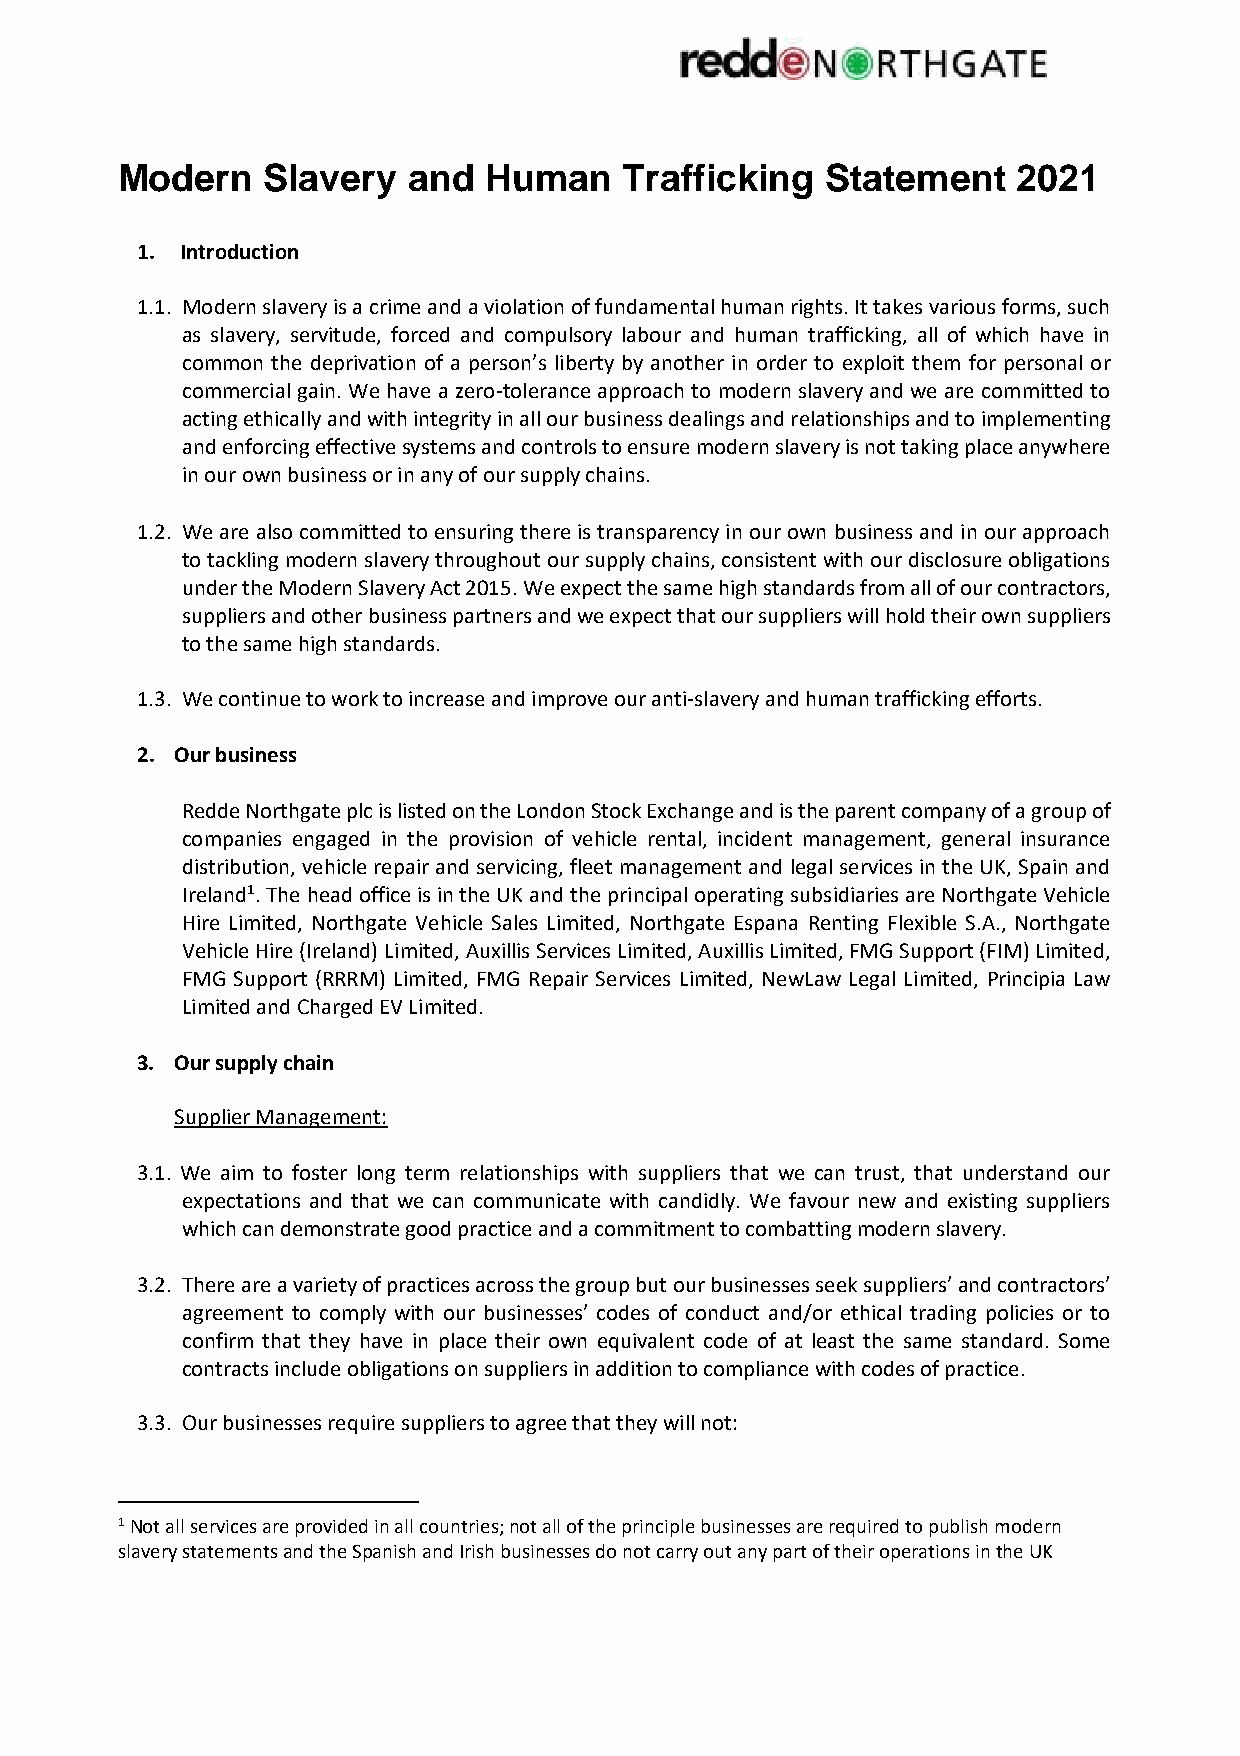
Modern   Slavery   and  Human    Trafficking   Statement   2021
 1. Introduction
 1.1. Modern slavery is a crime and a violation of fundamental human rights. It takes various forms, such
 as slavery, servitude, forced and compulsory labour and human trafficking, all of which have in
 common the deprivation of a person’s liberty by another in order to exploit them for personal or
 commercial gain. We have a zero-tolerance approach to modern slavery and we are committed to
 acting ethically and with integrity in all our business dealings and relationships and to implementing
 and enforcing effective systems and controls to ensure modern slavery is not taking place anywhere
 in our own business or in any of our supply chains.
 1.2. We are also committed to ensuring there is transparency in our own business and in our approach
 to tackling modern slavery throughout our supply chains, consistent with our disclosure obligations
 under the Modern Slavery Act 2015. We expect the same high standards from all of our contractors,
 suppliers and other business partners and we expect that our suppliers will hold their own suppliers
 to the same high standards.
 1.3. We continue to work to increase and improve our anti-slavery and human trafficking efforts.
 2. Our business
 Redde Northgate plc is listed on the London Stock Exchange and is the parent company of a group of
 companies engaged in the provision of vehicle rental, incident management, general insurance
 distribution, vehicle repair and servicing, fleet management and legal services in the UK, Spain and
 Ireland1. The head office is in the UK and the principal operating subsidiaries are Northgate Vehicle
 Hire Limited, Northgate Vehicle Sales Limited, Northgate Espana Renting Flexible S.A., Northgate
 Vehicle Hire (Ireland) Limited, Auxillis Services Limited, Auxillis Limited, FMG Support (FIM) Limited,
 FMG Support (RRRM) Limited, FMG Repair Services Limited, NewLaw Legal Limited, Principia Law
 Limited and Charged EV Limited.
 3. Our supply chain
 Supplier Management:
 3.1. We aim to foster long term relationships with suppliers that we can trust, that understand our
 expectations and that we can communicate with candidly. We favour new and existing suppliers
 which can demonstrate good practice and a commitment to combatting modern slavery.
 3.2. There are a variety of practices across the group but our businesses seek suppliers’ and contractors’
 agreement to comply with our businesses’ codes of conduct and/or ethical trading policies or to
 confirm that they have in place their own equivalent code of at least the same standard. Some
 contracts include obligations on suppliers in addition to compliance with codes of practice.
 3.3. Our businesses require suppliers to agree that they will not:
 1 Not all services are provided in all countries; not all of the principle businesses are required to publish modern
 slavery statements and the Spanish and Irish businesses do not carry out any part of their operations in the UK